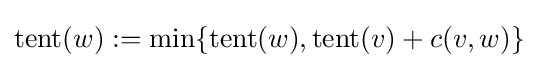
\operatorname {tent} (w):=\min\{\operatorname {tent} (w),\operatorname {tent} (v)+c(v,w)\}